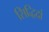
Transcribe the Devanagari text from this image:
सिद्धिदां